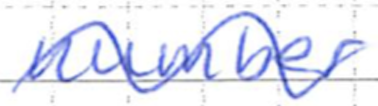
Text: number
Cross-out: mix
Writing tool: ballpoint